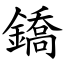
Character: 鐈